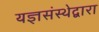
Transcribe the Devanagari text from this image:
यज्ञसंस्थेद्वारा